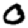
Digit: 0